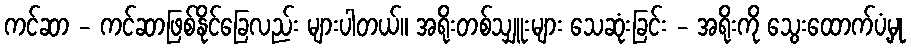
ကင်ဆာ - ကင်ဆာဖြစ်နိုင်ခြေလည်း များပါတယ်။ အရိုးတစ်သျှူးများ သေဆုံးခြင်း - အရိုးကို သွေးထောက်ပံ့မှု